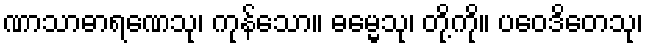
ဏာသာဓာရဏေသု၊ ကုန်သော။ ဓမ္မေသု၊ တို့ကို။ ပဝေဒိတေသု၊